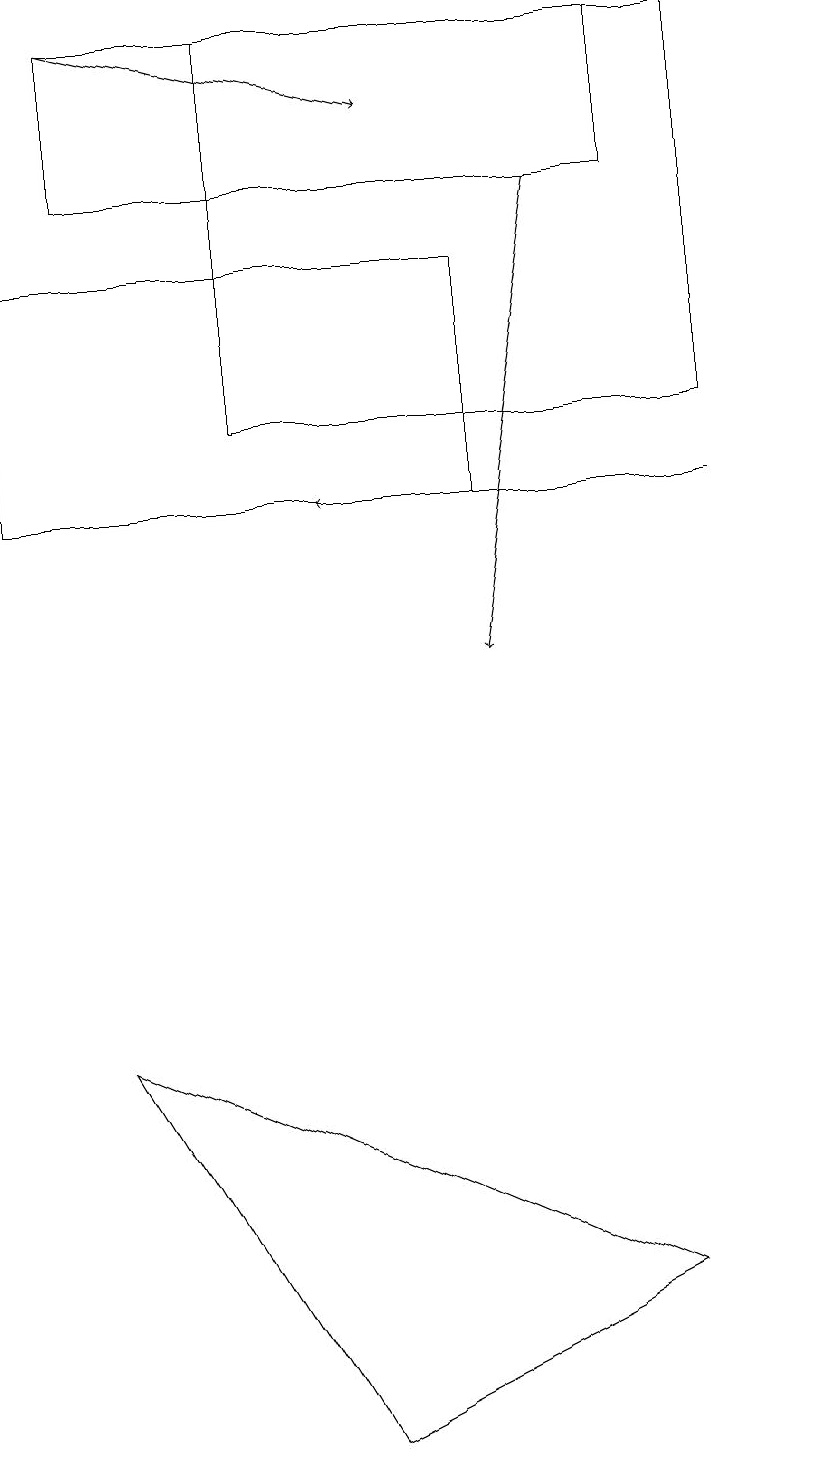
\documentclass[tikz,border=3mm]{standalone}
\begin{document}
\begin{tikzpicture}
\draw[->] (7,17) -- (6,11);
\draw (1,19) rectangle (8,17);
\draw[->] (1,19) -- (5,18);
\draw (0,13) rectangle (6,16);
\draw[->] (9,13) -- (4,13);
\draw (4,1) -- (8,3) -- (1,6) -- cycle;
\draw (10,10) circle (0);
\draw (9,14) rectangle (3,19);
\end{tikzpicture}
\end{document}